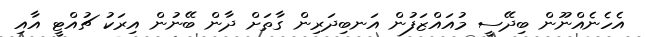
އެހެނެއްނޫން ބިދޭސީ މުއައްޒަފުން އަނބިދަރިން ގާތަށް ދާން ބޭނުން އިރަކު ޗުއްޓީ އާއި